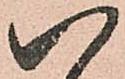
八